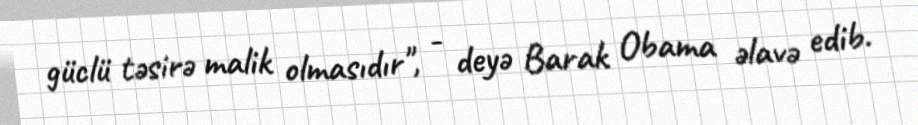
güclü təsirə malik olmasıdır", - deyə Barak Obama əlavə edib.